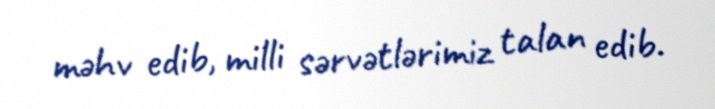
məhv edib, milli sərvətlərimiz talan edib.